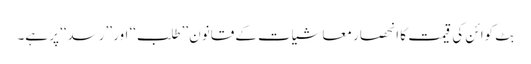
بِٹ کوائن کی قیمت کا انحصار معاشیات کے قانون ’’طلب‘‘ اور ’’رسد‘‘ پر ہے۔